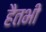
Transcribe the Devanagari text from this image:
हैतभी